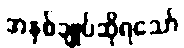
အနှစ်ချုပ်ဆိုရသော်